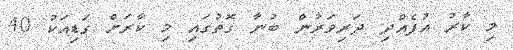
މި ކާރު އުފެއްދި ދަރިވަރުން ބުނާ ގޮތުގައި މި ކާރަށް ގަޑިއަކު 40